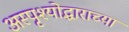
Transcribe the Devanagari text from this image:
अस्पृश्योद्धाराच्या